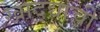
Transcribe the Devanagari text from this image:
खाद्द्याची